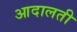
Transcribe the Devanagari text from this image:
आदालती